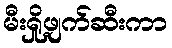
မီးရှို့ဖျက်ဆီးကာ